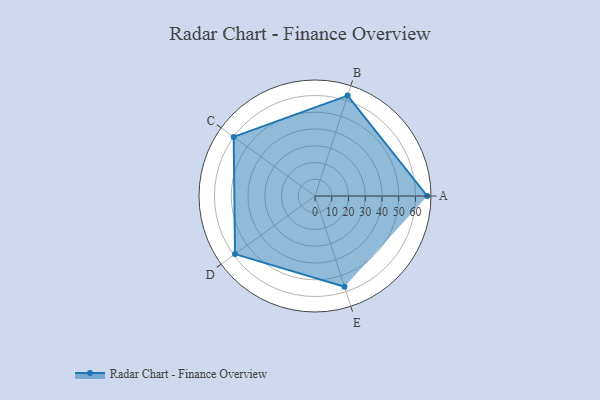
{"axis": {"x": "Skill", "y": "Score"}, "legend": ["Profile"], "data": [{"x": "A", "y": 67.0, "type": "Profile"}, {"x": "B", "y": 63.0, "type": "Profile"}, {"x": "C", "y": 60.0, "type": "Profile"}, {"x": "D", "y": 59.0, "type": "Profile"}, {"x": "E", "y": 57.0, "type": "Profile"}]}